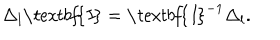
LaTeX: \Delta _ { l } \textit { \textbf { I } } = \textit { \textbf { I } } ^ { - 1 } \Delta _ { l } .